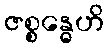
ဇစ္စန္ဓေဟိ